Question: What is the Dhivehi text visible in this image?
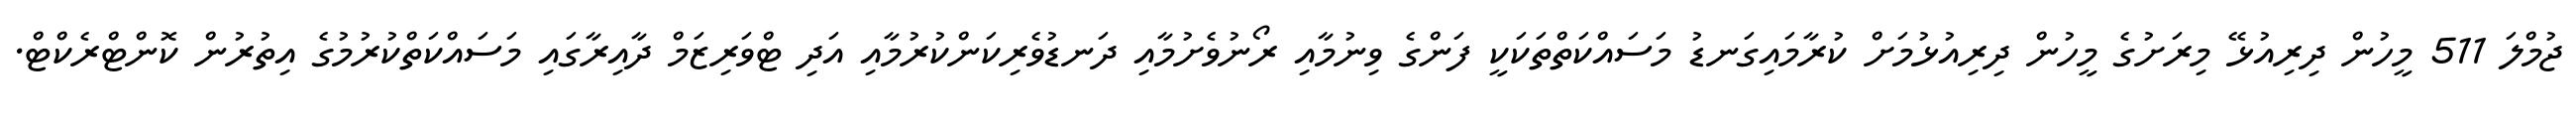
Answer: ޖުމްލަ 511 މީހުން ދިރިއުޅޭ މިރަށުގެ މީހުން ދިރިއުޅުމަށް ކުރާމައިގަނޑު މަސައްކަތްތަކަކީ ފަންގެ ވިނުމާއި ރޯނުވެށުމާއި ދަނޑުވެރިކަންކުރުމާއި އަދި ޓްވަރިޒަމް ދާއިރާގައި މަސައްކަތްކުރުމުގެ އިތުރުން ކޮންޓްރެކްޓް.